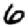
Digit: 6